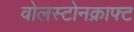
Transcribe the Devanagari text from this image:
वोलस्टोनक्राफ्ट